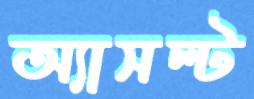
অ্যাসল্ট